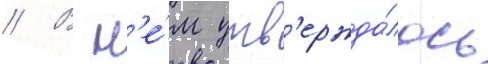
// В н'е́м утв'ержда́лось